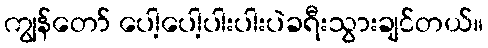
ကျွန်တော် ပေါ့ပေါ့ပါးပါးပဲခရီးသွားချင်တယ်။